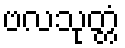
ဗလသုတ္တံ